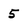
Character: 5